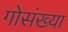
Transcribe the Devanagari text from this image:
गोसंख्या